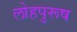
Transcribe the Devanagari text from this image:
लोहपुरूष